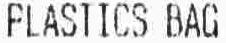
PLASTICS BAG